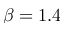
\beta = 1 . 4